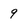
Character: 9